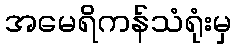
အမေရိကန်သံရုံးမှ